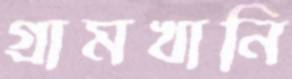
গ্রামখানি